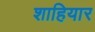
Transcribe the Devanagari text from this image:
शाहियार